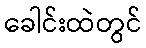
ခေါင်းထဲတွင်